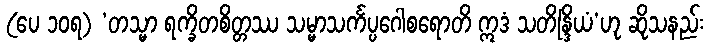
(ပေ ၁၀ရ) ‘တသ္မာ ရက္ခိတစိတ္တဿ သမ္မာသင်္ကပ္ပဂေါစရောတိ ဣဒံ သတိန္ဒြိယံ’ဟု ဆိုသနည်း